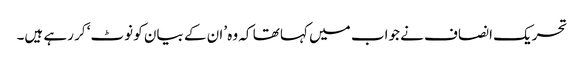
تحریک انصاف نے جواب میں کہا تھا کہ وہ ’ان کے بیان کو نوٹ‘ کر رہے ہیں۔